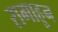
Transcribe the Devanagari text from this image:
रागाहून